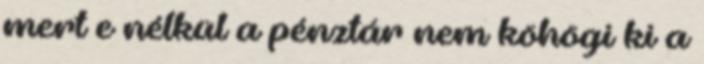
mert e nélkül a pénztár nem köhögi ki a